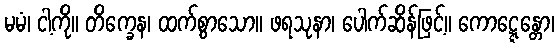
မမံ၊ ငါ့ကို။ တိက္ခေန၊ ထက်စွာသော။ ဖရသုနာ၊ ပေါက်ဆိန်ဖြင့်။ ကောဋ္ဋေန္တော၊